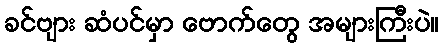
ခင်ဗျား ဆံပင်မှာ ဗောက်တွေ အများကြီးပဲ။